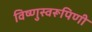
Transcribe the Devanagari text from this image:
विष्णुस्वरूपिणी